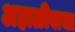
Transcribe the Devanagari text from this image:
अहाळीवाचा